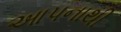
આપનાથી